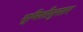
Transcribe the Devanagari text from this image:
भूमितीनुसार